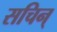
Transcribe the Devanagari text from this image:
सचिन्